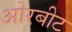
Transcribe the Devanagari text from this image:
ओरबीट